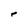
Character: r